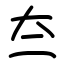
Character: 夳